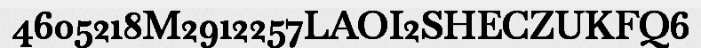
4605218M2912257LAOI2SHECZUKFQ6